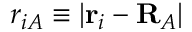
r _ { i A } \equiv | \mathbf { r } _ { i } - \mathbf { R } _ { A } |